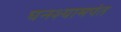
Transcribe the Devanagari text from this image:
घनश्यामपंत